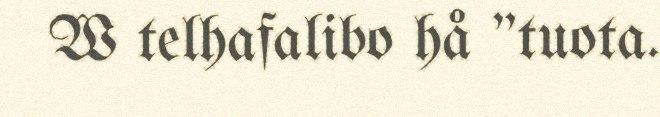
W telhafalibo hå "tuota.